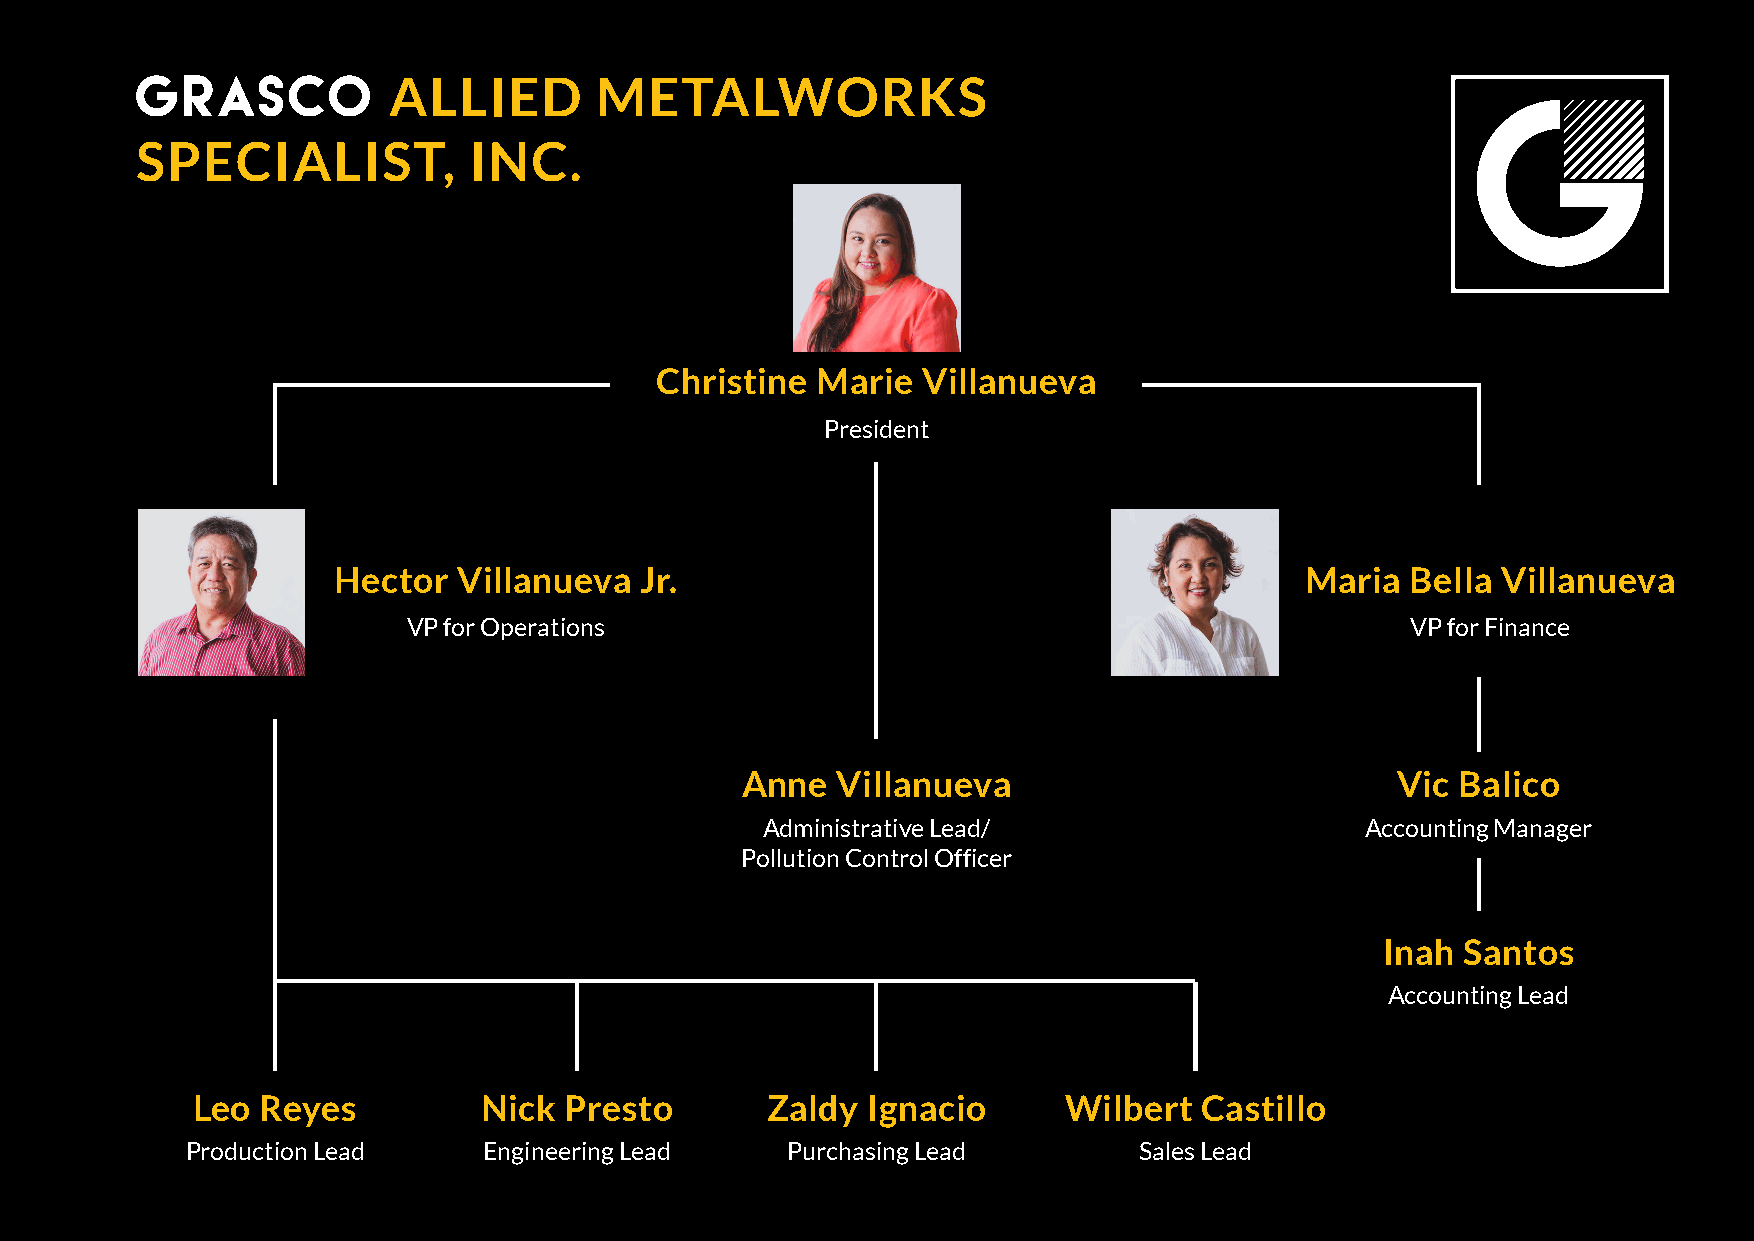
GRASCO           ALLIED       METALWORKS
 SPECIALIST,           INC.
 Christine  Marie  Villanueva
 President
 Hector  Villanueva  Jr.                                         Maria  Bella Villanueva
 VP for Operations                                                 VP for Finance
 Anne  Villanueva                           Vic  Balico
 Administrative Lead/                    Accounting Manager
 Pollution Control Officer
 Inah Santos
 Accounting Lead
 Leo Reyes          Nick Presto        Zaldy Ignacio      Wilbert  Castillo
 Production Lead     Engineering Lead    Purchasing Lead        Sales Lead